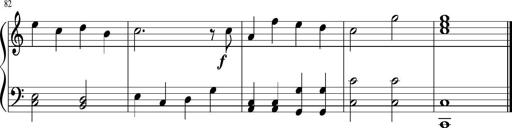
Title: Sonatine Nr.1 in C-Dur
Composer: DÃ©sirÃ©e Manns
Key: C major